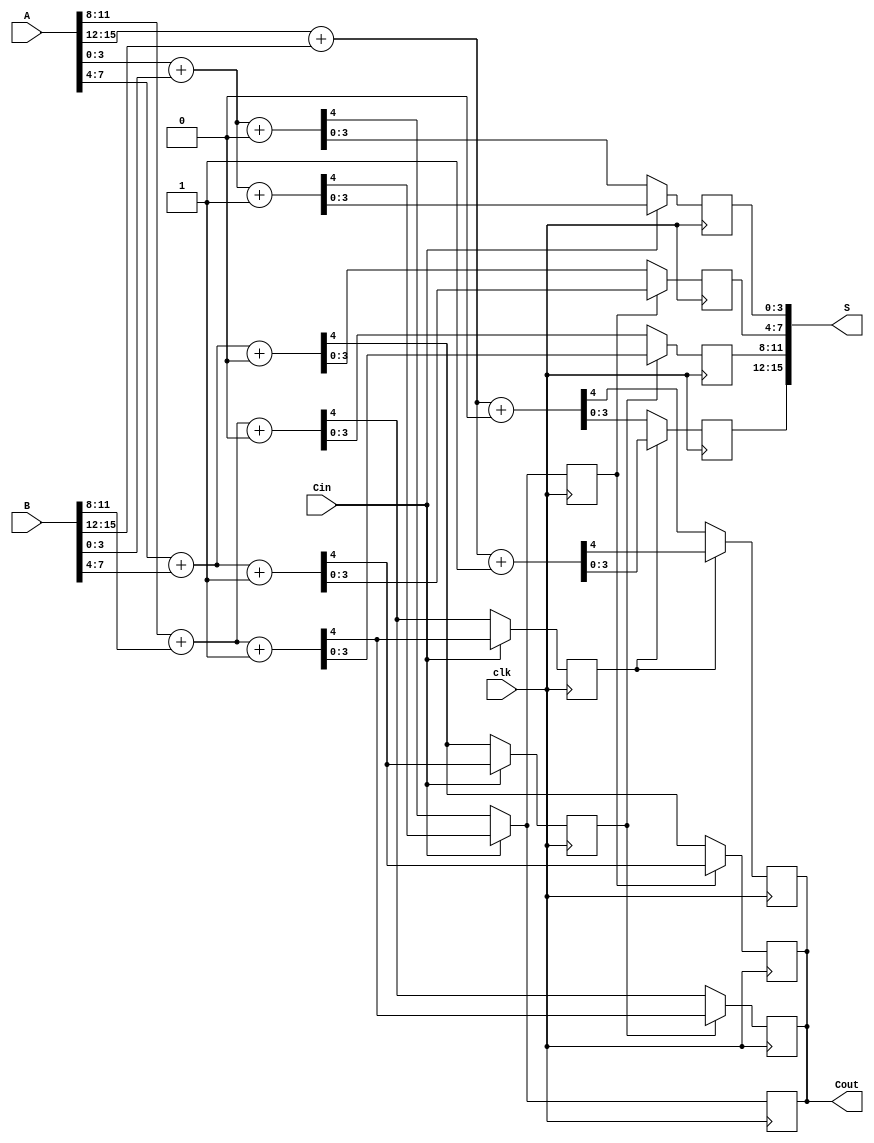
module PipelinedCarrySelectAdder #(parameter N = 16, parameter SEGMENT_SIZE = 4) (
    input  wire [N-1:0] A,         // First operand
    input  wire [N-1:0] B,         // Second operand
    input  wire Cin,                // Carry-in
    input  wire clk,                // Clock
    output reg [N-1:0] S,           // Sum output
    output reg Cout                 // Carry-out
);

    localparam NUM_SEGMENTS = N / SEGMENT_SIZE;

    // Intermediate signals for sums and carries
    wire [SEGMENT_SIZE-1:0] S0 [0:NUM_SEGMENTS-1];
    wire [SEGMENT_SIZE-1:0] S1 [0:NUM_SEGMENTS-1];
    wire [NUM_SEGMENTS-1:0] C0, C1;
    wire [NUM_SEGMENTS-1:0] C_in;

    // Generate the segment sums and carries
    genvar i;
    generate
        for (i = 0; i < NUM_SEGMENTS; i = i + 1) begin : segment
            wire [SEGMENT_SIZE-1:0] A_seg = A[(i+1)*SEGMENT_SIZE-1:i*SEGMENT_SIZE];
            wire [SEGMENT_SIZE-1:0] B_seg = B[(i+1)*SEGMENT_SIZE-1:i*SEGMENT_SIZE];

            // Compute sums and carries for Cin = 0
            assign {C0[i], S0[i]} = A_seg + B_seg + 1'b0;
            // Compute sums and carries for Cin = 1
            assign {C1[i], S1[i]} = A_seg + B_seg + 1'b1;
        end
    endgenerate

    // Select the appropriate sum and carry based on the carry-in
    always @(posedge clk) begin
        if (Cin) begin
            S[SEGMENT_SIZE-1:0] <= S1[0];
            Cout <= C1[0];
        end else begin
            S[SEGMENT_SIZE-1:0] <= S0[0];
            Cout <= C0[0];
        end
    end

    // Carry propagation for subsequent segments
    genvar j;
    generate
        for (j = 1; j < NUM_SEGMENTS; j = j + 1) begin : carry_propagation
            always @(posedge clk) begin
                // Carry-in for the next segment is the carry-out of the previous segment
                C_in[j] <= (Cin) ? C1[j-1] : C0[j-1];
                if (C_in[j]) begin
                    S[(j+1)*SEGMENT_SIZE-1:j*SEGMENT_SIZE] <= S1[j];
                    Cout <= C1[j];
                end else begin
                    S[(j+1)*SEGMENT_SIZE-1:j*SEGMENT_SIZE] <= S0[j];
                    Cout <= C0[j];
                end
            end
        end
    endgenerate

endmodule